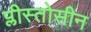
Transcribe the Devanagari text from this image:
प्लीस्तोसीन